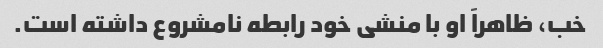
خب، ظاهراً او با منشی خود رابطه نامشروع داشته است.